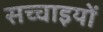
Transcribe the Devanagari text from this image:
सच्‍चाइयों